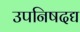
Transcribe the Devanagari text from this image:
उपनिषदद्य